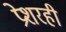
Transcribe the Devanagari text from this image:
प्रेशरही